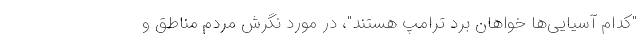
"کدام آسیایی‌ها خواهان برد ترامپ هستند"، در مورد نگرش مردم مناطق و